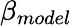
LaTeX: \beta_{model}